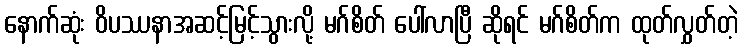
နောက်ဆုံး ဝိပဿနာအဆင့်မြင့်သွားလို့ မဂ်စိတ် ပေါ်လာပြီ ဆိုရင် မဂ်စိတ်က ထုတ်လွှတ်တဲ့